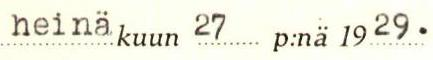
heinäkuun 27 p:nä 1929.